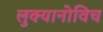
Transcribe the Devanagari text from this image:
लुक्यानोविच